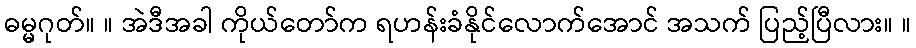
ဓမ္မဂုတ်။ ။ အဲဒီအခါ ကိုယ်တော်က ရဟန်းခံနိုင်လောက်အောင် အသက် ပြည့်ပြီလား။ ။